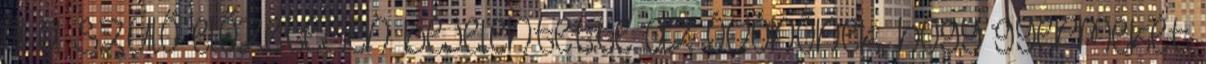
a a szülő előzetesen bejelentette az óvónőnek, hogy gyermekét